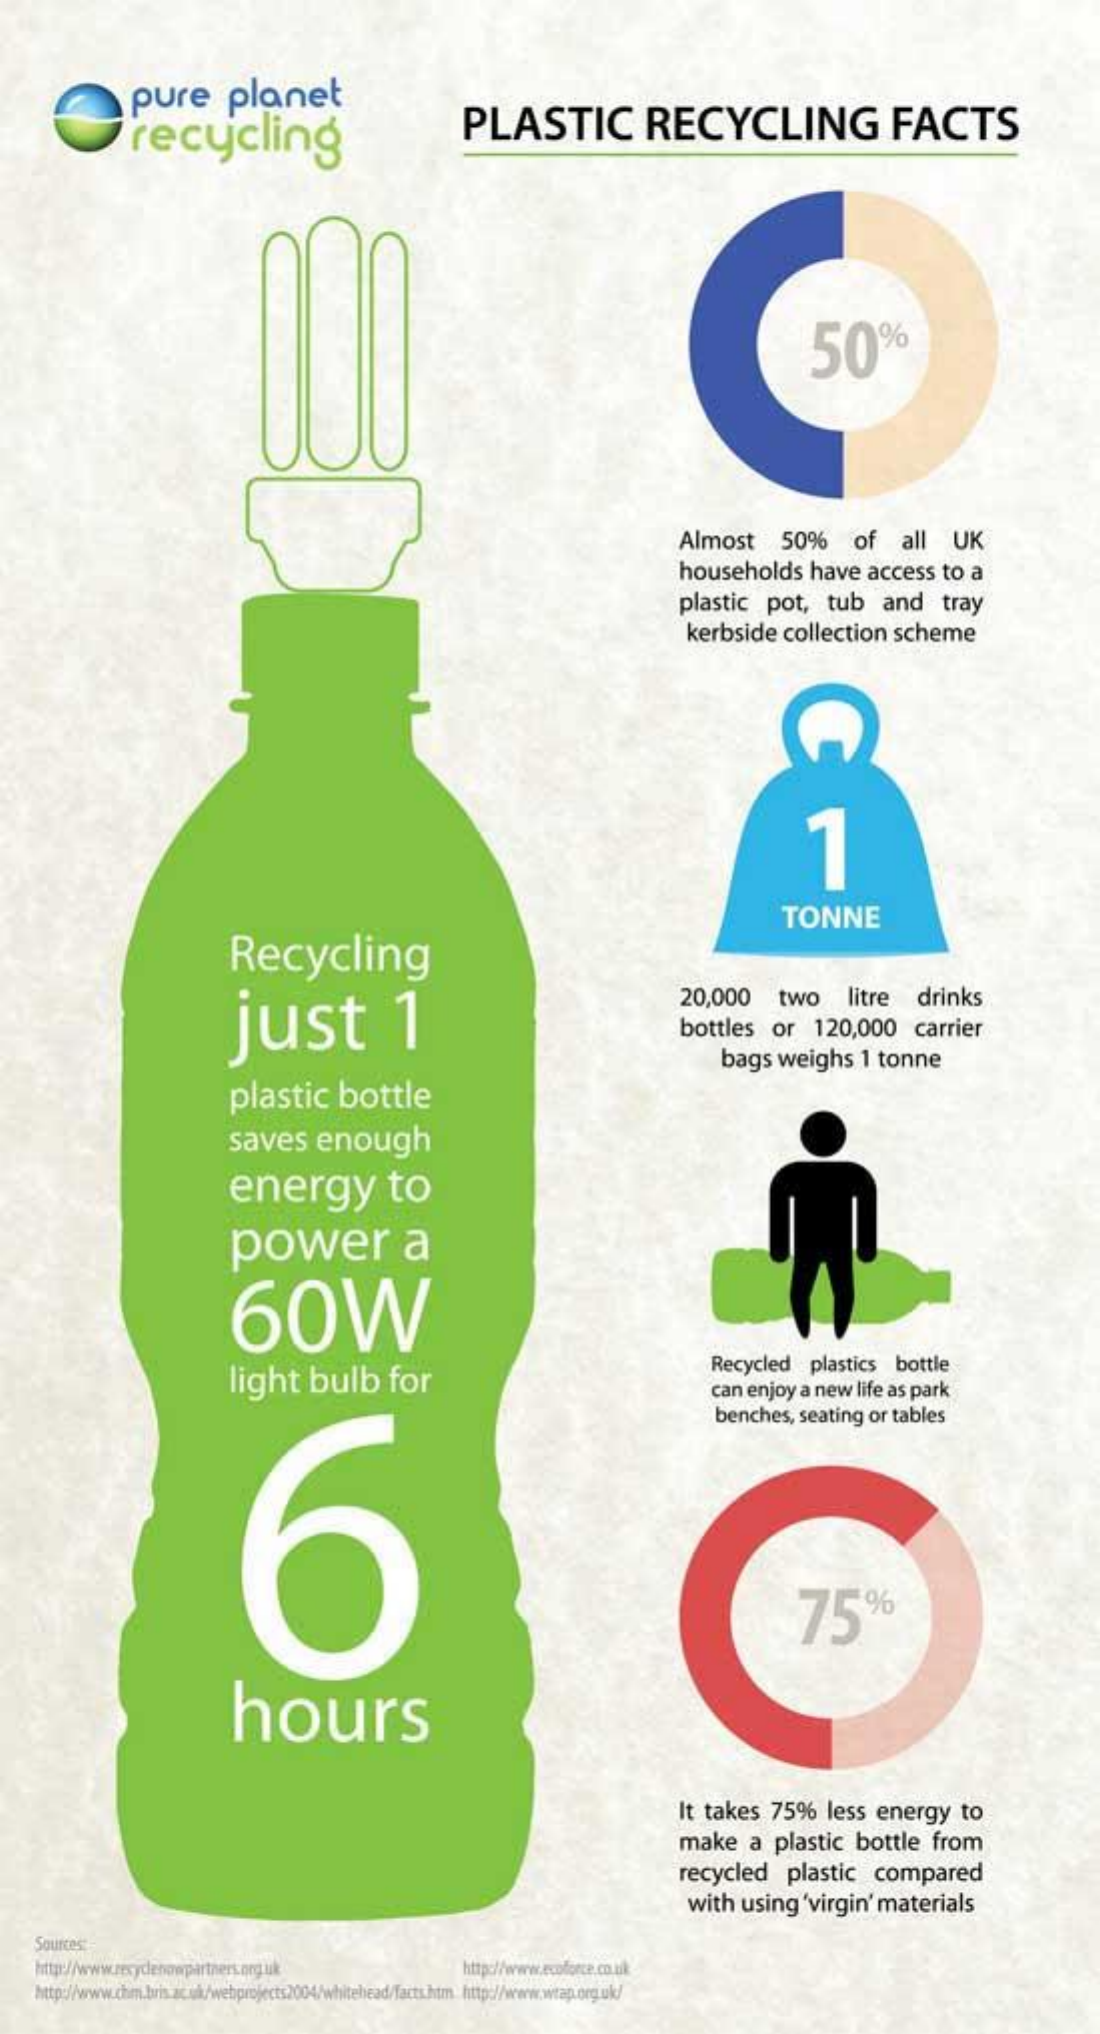
pure    planet
     recycling    PLASTIC    RECYCLING    FACTS
     Almost    50%    of    all    UK
     households    have    access    to  a
     plastic    pot,    tub    and    tray
     kerbside    collection    scheme
     1
     Recycling
     TONNE
     just    1
     20,000    two    litre    drinks
     bottles    or    120,000    carrier
     bags   weighs    1  tonne
     plastic    bottle
     saves    enough
     energy    to
     power    a
     60W
     light    bulb    for
     Recycled    plastics    bottle
     can  enjoy   a new   life as park
     6
     benches,   seating   or  tables
     hours
     It  takes    75%    less   energy    to
     make    a   plastic    bottle    from
     recycled    plastic    compared
     with   using    'virgin'   materials
     Sources:
     http:/www.ecoforce.co.uk
     http://www.chm.bris.ac.uk/webprojects2004/whitehead/facts.htm_http://www.wtap.org.uk/